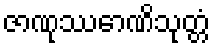
ဇာဏုဿောဏိသုတ္တံ